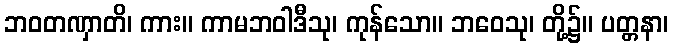
ဘဝတဏှာတိ၊ ကား။ ကာမဘဝါဒီသု၊ ကုန်သော။ ဘဝေသု၊ တို့၌။ ပတ္တနာ၊